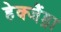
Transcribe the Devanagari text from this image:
हेक्जैंड्रा